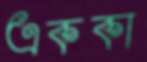
এককা